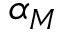
\alpha _ { M }